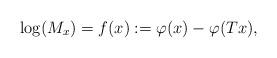
LaTeX: \begin{align*}\log(M_x)=f(x):=\varphi(x)-\varphi(Tx),\end{align*}